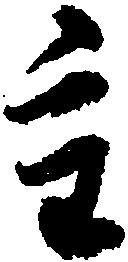
重